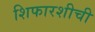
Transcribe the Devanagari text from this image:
शिफारशीची